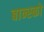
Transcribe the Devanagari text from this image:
बान्स्को